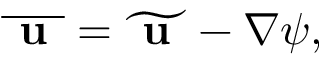
\begin{array} { r } { \overline { { \textbf { u } } } = \widetilde { \textbf { u } } - \nabla \psi , } \end{array}